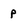
Character: p